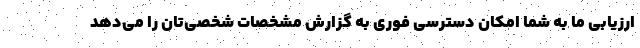
ارزیابی ما به شما امکان دسترسی فوری به گزارش مشخصات شخصی‌تان را می‌دهد